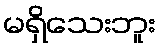
မရှိသေးဘူး